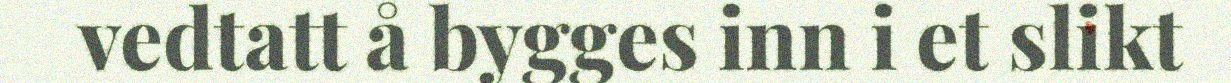
vedtatt å bygges inn i et slikt